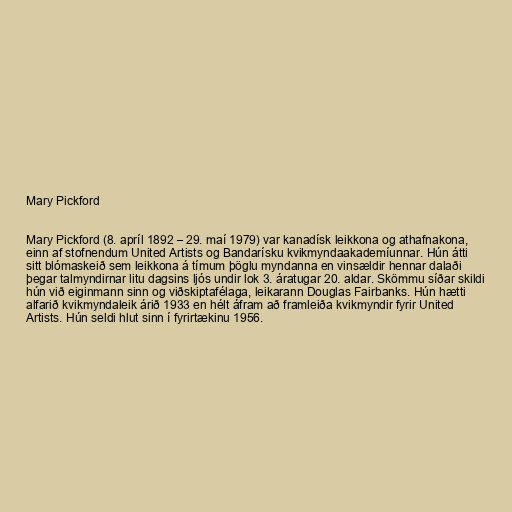
Mary Pickford

Mary Pickford (8. apríl 1892 – 29. maí 1979) var kanadísk leikkona og athafnakona,
einn af stofnendum United Artists og Bandarísku kvikmyndaakademíunnar. Hún átti
sitt blómaskeið sem leikkona á tímum þöglu myndanna en vinsældir hennar dalaði
þegar talmyndirnar litu dagsins ljós undir lok 3. áratugar 20. aldar. Skömmu síðar skildi
hún við eiginmann sinn og viðskiptafélaga, leikarann Douglas Fairbanks. Hún hætti
alfarið kvikmyndaleik árið 1933 en hélt áfram að framleiða kvikmyndir fyrir United
Artists. Hún seldi hlut sinn í fyrirtækinu 1956.